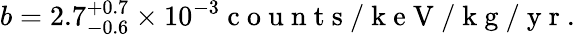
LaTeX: b=2.7_{-0.6}^{+0.7}\times 10^{-3}\mathrm{~c~o~u~n~t~s~/~k~e~V~/~k~g~/~y~r~}.